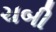
ચબી